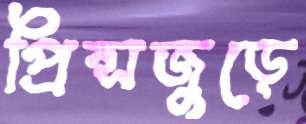
প্রিন্সজুড়ে